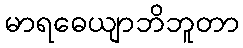
မာရဓေယျာဘိဘူတာ